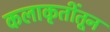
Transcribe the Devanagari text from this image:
कलाकृतींतून